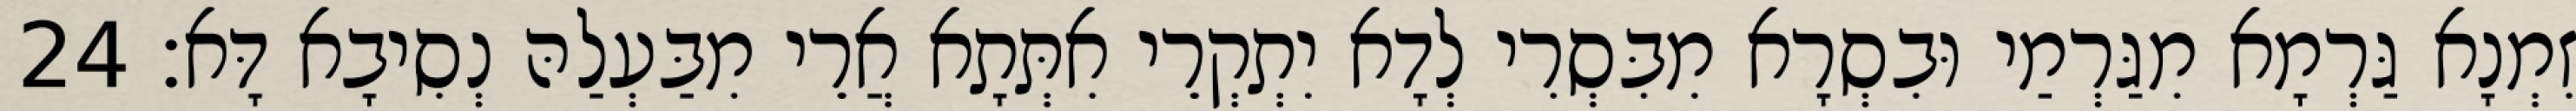
זִמְנָא גַּרְמָא מִגַּרְמַי וּבִסְרָא מִבִּסְרִי לְדָא יִתְקְרֵי אִתְּתָא אֲרֵי מִבַּעְלַהּ נְסִיבָא דָּא׃ 24